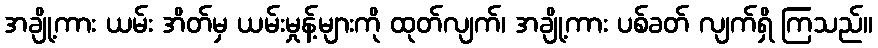
အချို့ကား ယမ်း အိတ်မှ ယမ်းမှုန့်များကို ထုတ်လျက်၊ အချို့ကား ပစ်ခတ် လျက်ရှိ ကြသည်။